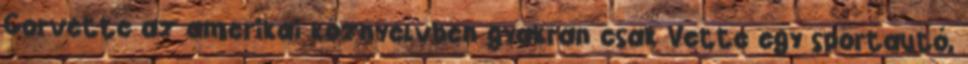
Corvette az amerikai köznyelvben gyakran csak Vette egy sportautó,